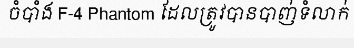
ចំបាំង F-4 Phantom ដែលត្រូវបានបាញ់ទំលាក់